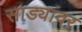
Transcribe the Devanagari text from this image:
साड्यांवर